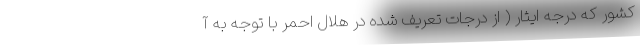
کشور که درجه ایثار ( از درجات تعریف شده در هلال احمر با توجه به آ